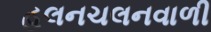
હલનચલનવાળી